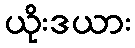
ယိုးဒယား